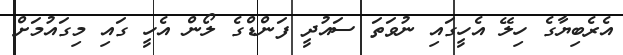
އެރެބިޔާގެ ހިލޭ އެހީގައި ނުވަތަ ސައުދީ ފަންޑްގެ ލޯން އެހީ ގައި މިގައުމަށް